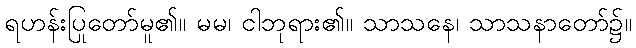
ရဟန်းပြုတော်မူ၏။ မမ၊ ငါဘုရား၏။ သာသနေ၊ သာသနာတော်၌။